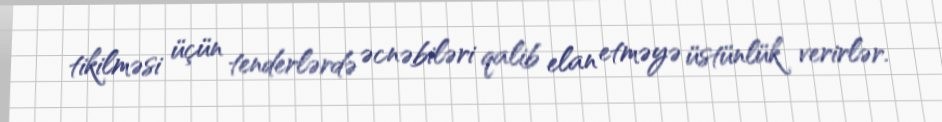
tikilməsi üçün tenderlərdə əcnəbiləri qalib elan etməyə üstünlük verirlər.